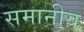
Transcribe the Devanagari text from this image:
समानीय